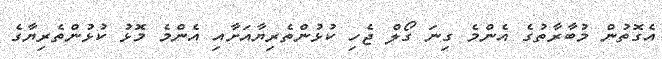
އެގޮތުން މުބާރާތުގެ އެންމެ ގިނަ ގޯލް ޖެހި ކުޅުންތެރިޔާއަށާއި އެންމެ މޮޅު ކުޅުންތެރިޔާގެ